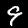
Digit: 9